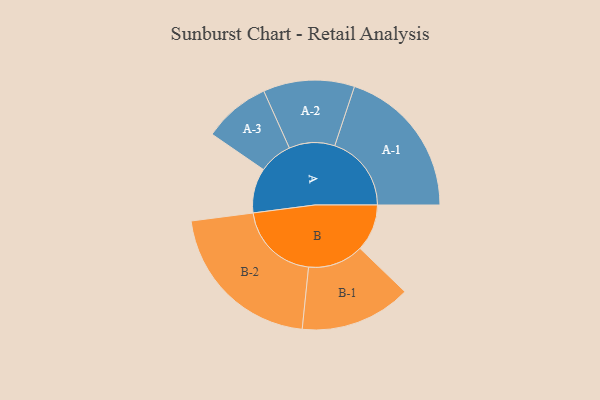
{"axis": {"x": "Segment", "y": "Value"}, "legend": ["", "A", "B"], "data": [{"x": "A", "y": 162, "type": ""}, {"x": "B", "y": 170, "type": ""}, {"x": "A-1", "y": 277, "type": "A"}, {"x": "A-2", "y": 165, "type": "A"}, {"x": "A-3", "y": 121, "type": "A"}, {"x": "B-1", "y": 201, "type": "B"}, {"x": "B-2", "y": 297, "type": "B"}]}